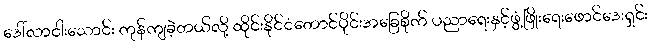
ဒေါ်လာငါးသောင်း ကုန်ကျခဲ့တယ်လို့ ထိုင်းနိုင်ငံတောင်ပိုင်းအခြေစိုက် ပညာရေးနှင့်ဖွံ့ဖြိုးရေးဖောင်ဒေးရှင်း